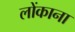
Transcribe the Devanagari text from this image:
लोंकाना